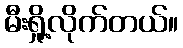
မီးရှို့လိုက်တယ်။